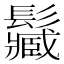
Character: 𩯩